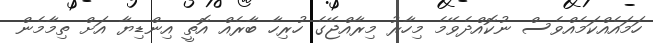
ހަމައެއްކަމެއްވެސް ނުކޮއްދެވޭމެ މިހާރު މިރާއްޖޭގެ ހުރިހާ ބާރެއް އޮތީ އިންޑިޔާ އަށް ތިމާމެެން